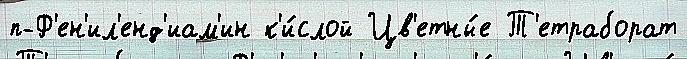
п-Ф'ен'ил'енд'иам'ин к'и́слой Цв'етны́е Т'етраборат